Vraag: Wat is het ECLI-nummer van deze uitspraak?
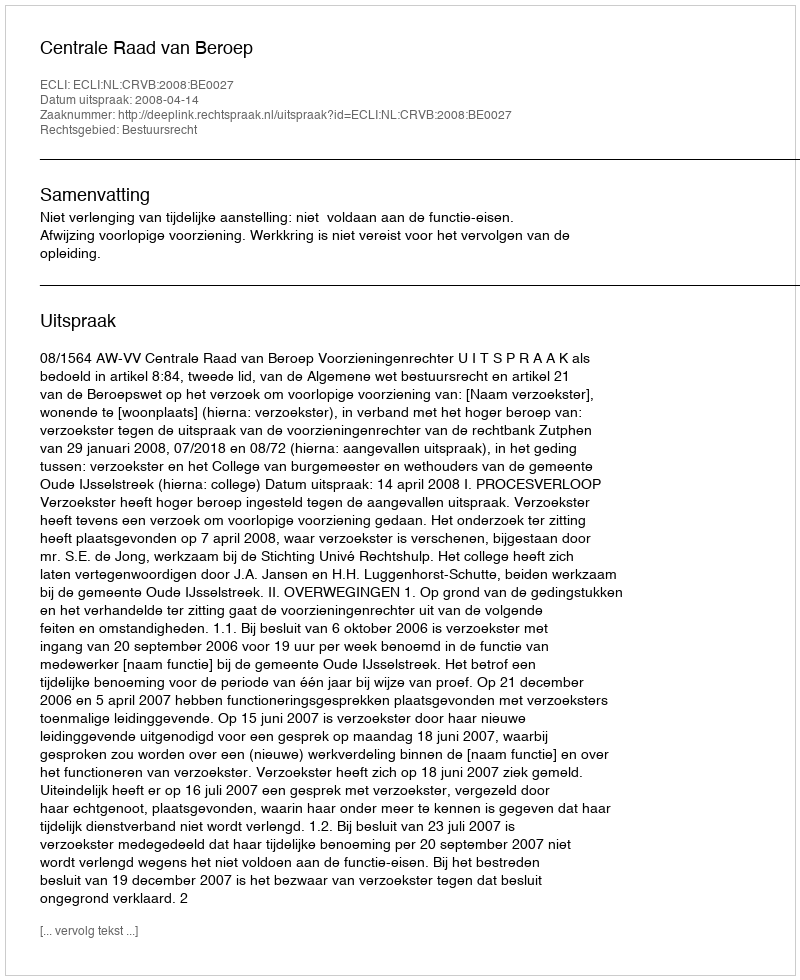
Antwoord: ECLI:NL:CRVB:2008:BE0027